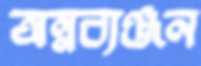
অন্নব্যঞ্জন